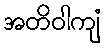
အတိဝါကျံ